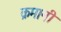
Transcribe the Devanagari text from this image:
क्रमानी